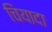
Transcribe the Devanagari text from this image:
चियादा